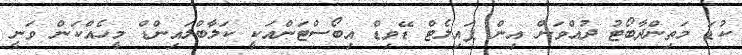
ކުޑަ މަތިންދާބޯޓު ދުއްވަން އިން ޕައިލެޓް ޑޭވިޑް އިބޯސްޓަންއަކީ ކަލާބްލައިންޑް މީހެއްކަން ވަނީ